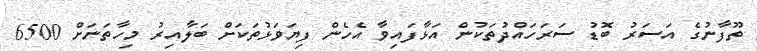
ތޫފާނުގެ އަސަރު ބޮޑު ސަރަހައްދުތަކުން އަޅާފައިވާ އެހެން ފިޔަވަޅުތަކަށް ބަލާއިރު މިހާތަނަށް 6500